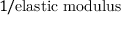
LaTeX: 1 / { \mathrm { e l a s t i c ~ m o d u l u s } }